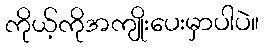
ကိုယ့်ကိုအကျိုးပေးမှာပါပဲ။